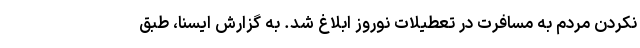
نکردن مردم به مسافرت در تعطیلات نوروز ابلاغ شد. به گزارش ایسنا، طبق